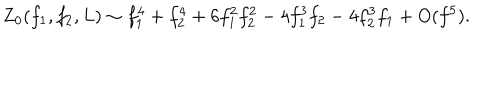
Z _ { 0 } ( f _ { 1 } , f _ { 2 } , L ) \sim f _ { 1 } ^ { 4 } + f _ { 2 } ^ { 4 } + 6 f _ { 1 } ^ { 2 } f _ { 2 } ^ { 2 } - 4 f _ { 1 } ^ { 3 } f _ { 2 } - 4 f _ { 2 } ^ { 3 } f _ { 1 } + O ( f ^ { 5 } ) .